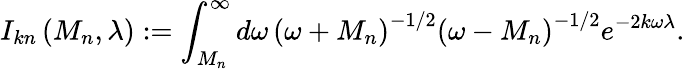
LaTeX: I_{kn}\left(M_{n},\lambda\right):=\int_{M_{n}}^{\infty}d\omega\, \left(\omega+M_{n}\right)^{-1/2}\left(\omega-M_{n}\right)^{-1/2}e^{-2k\omega\lambda}.